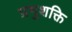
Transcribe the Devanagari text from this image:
प्रभुशक्ति